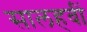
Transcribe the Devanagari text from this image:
सालहवीं